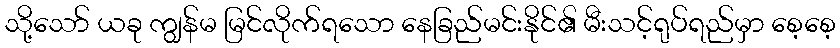
သို့သော် ယခု ကျွန်မ မြင်လိုက်ရသော နေခြည်မင်းနိုင်၏ မီးသင့်ရုပ်ရည်မှာ စေ့စေ့